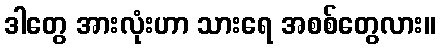
ဒါတွေ အားလုံးဟာ သားရေ အစစ်တွေလား။